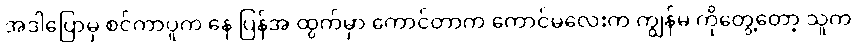
အဲဒါပြောမှ စင်ကာပူက နေ ပြန်အ ထွက်မှာ ကောင်တာက ကောင်မလေးက ကျွန်မ ကိုတွေ့တော့ သူက